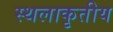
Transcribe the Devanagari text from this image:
स्थलाकृतीय